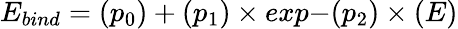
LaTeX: E_{bind}=(p_{0})+(p_{1})\times exp{-(p_{2})\times(E)}